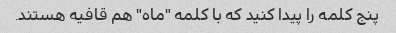
پنج کلمه را پیدا کنید که با کلمه "ماه" هم قافیه هستند.